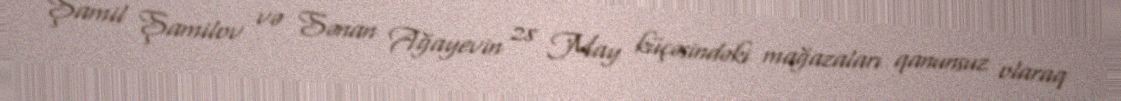
Şamil Şamilov və Sənan Ağayevin 28 May küçəsindəki mağazaları qanunsuz olaraq